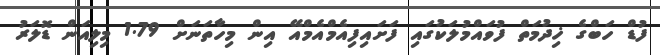
ފުޑް ހަބްގެ ޚިދުމަތް ފުވައްމުލަކުގައި ފަށައިފިއެމްއެމްއޭ އިން މިހާތަނަށް 1.79 މިލިއަން ޑޮލަރު